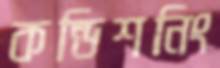
কন্ডিশনিং